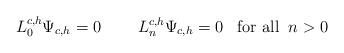
LaTeX: \begin{align*}L_0^{c,h}\Psi_{c,h} = 0\;\;\;\;\;\;\;\;L^{c,h}_n\Psi_{c,h} = 0\;\;\; \textrm{for all}\;\;n>0\end{align*}